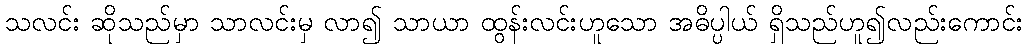
သလင်း ဆိုသည်မှာ သာလင်းမှ လာ၍ သာယာ ထွန်းလင်းဟူသော အဓိပ္ပါယ် ရှိသည်ဟူ၍လည်းကောင်း